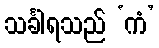
သင်္ခါရသည် ‘ကံ’